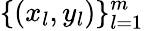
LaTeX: \{ (x_{l},y_{l})\} _{l=1}^{m}